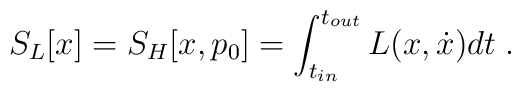
S_{L}[x]=S_{H}[x,p_{0}]=\int_{t_{in}}^{t_{out}}L(x,\dot{x})dt \; .